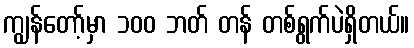
ကျွန်တော့်မှာ ၁၀၀ ဘတ် တန် တစ်ရွက်ပဲရှိတယ်။